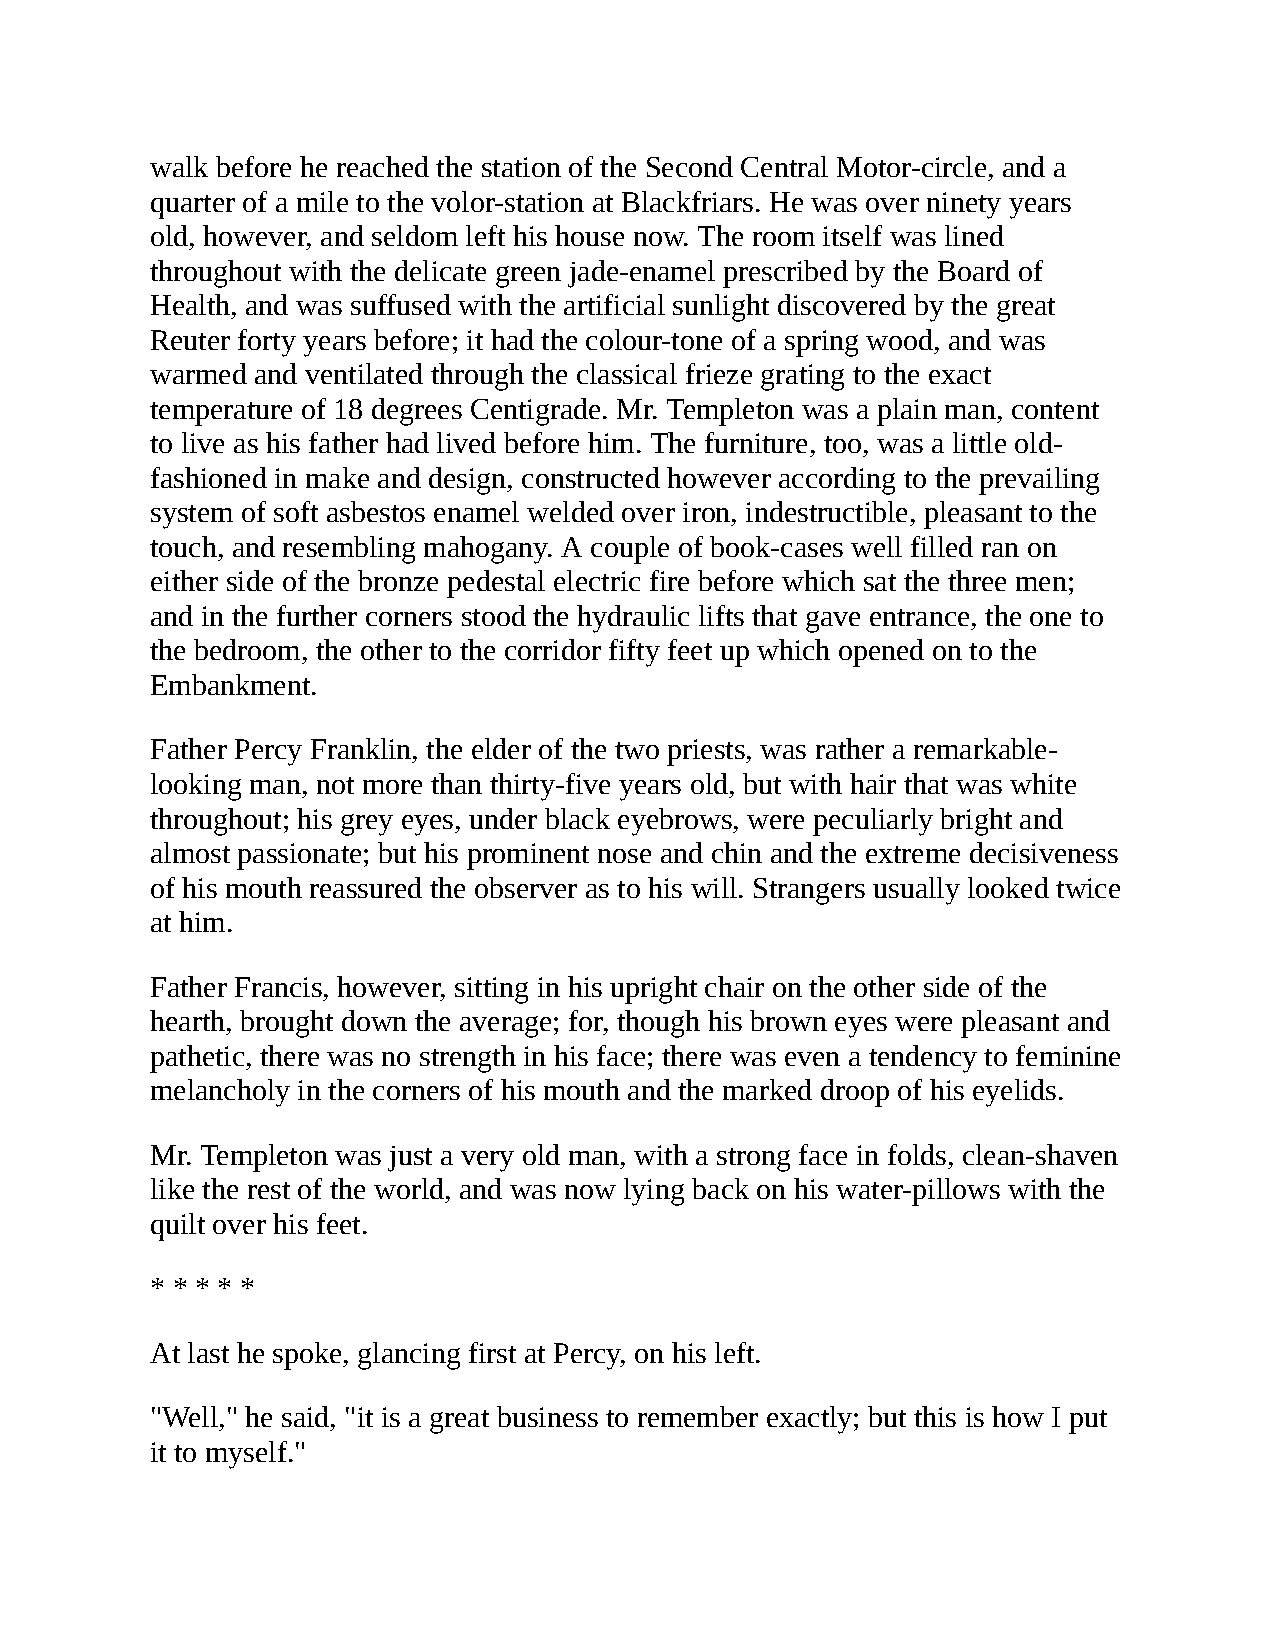
walk before he reached the station of the Second Central Motor-circle, and a
 quarter of a mile to the volor-station at Blackfriars. He was over ninety years
 old, however, and seldom left his house now. The room itself was lined
 throughout with the delicate green jade-enamel prescribed by the Board of
 Health, and was suffused with the artificial sunlight discovered by the great
 Reuter forty years before; it had the colour-tone of a spring wood, and was
 warmed and ventilated through the classical frieze grating to the exact
 temperature of 18 degrees Centigrade. Mr. Templeton was a plain man, content
 to live as his father had lived before him. The furniture, too, was a little old-
 fashioned in make and design, constructed however according to the prevailing
 system of soft asbestos enamel welded over iron, indestructible, pleasant to the
 touch, and resembling mahogany. A couple of book-cases well filled ran on
 either side of the bronze pedestal electric fire before which sat the three men;
 and in the further corners stood the hydraulic lifts that gave entrance, the one to
 the bedroom, the other to the corridor fifty feet up which opened on to the
 Embankment.
 Father Percy Franklin, the elder of the two priests, was rather a remarkable-
 looking man, not more than thirty-five years old, but with hair that was white
 throughout; his grey eyes, under black eyebrows, were peculiarly bright and
 almost passionate; but his prominent nose and chin and the extreme decisiveness
 of his mouth reassured the observer as to his will. Strangers usually looked twice
 at him.
 Father Francis, however, sitting in his upright chair on the other side of the
 hearth, brought down the average; for, though his brown eyes were pleasant and
 pathetic, there was no strength in his face; there was even a tendency to feminine
 melancholy in the corners of his mouth and the marked droop of his eyelids.
 Mr. Templeton was just a very old man, with a strong face in folds, clean-shaven
 like the rest of the world, and was now lying back on his water-pillows with the
 quilt over his feet.
 * * * * *
 At last he spoke, glancing first at Percy, on his left.
 "Well," he said, "it is a great business to remember exactly; but this is how I put
 it to myself."